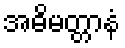
အဓိမတ္တာနံ